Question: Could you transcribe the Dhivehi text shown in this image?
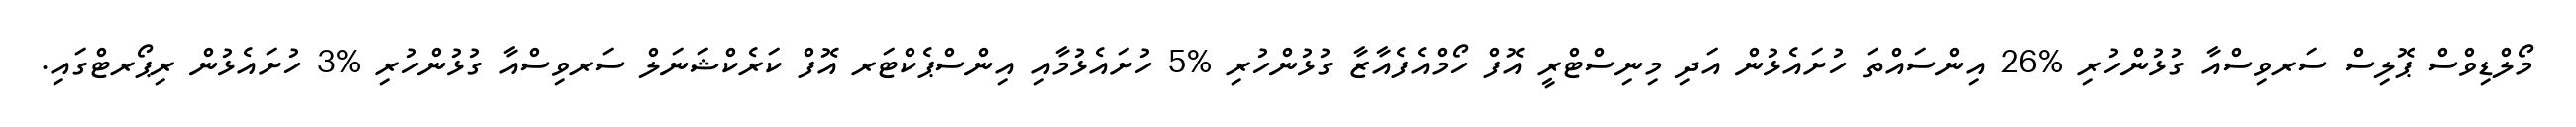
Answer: މޯލްޑިވްސް ޕޮލިސް ސަރވިސްއާ ގުޅުންހުރި %26 އިންސައްތަ ހުށައެޅުން އަދި މިނިސްޓްރީ އޮފް ހޯމްއެފެއާޒާ ގުޅުންހުރި %5 ހުށައެޅުމާއި އިންސްޕެކްޓަރ އޮފް ކަރެކްޝަނަލް ސަރވިސްއާ ގުޅުންހުރި %3 ހުށައެޅުން ރިޕޯރޓްގައި.